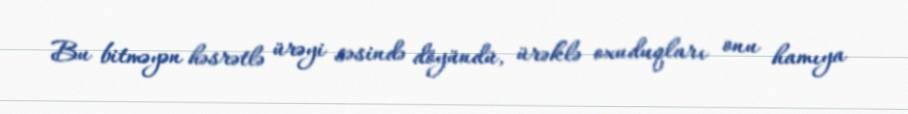
Bu bitməyən həsrətlə ürəyi səsində döyündü, ürəklə oxuduqları onu hamıya